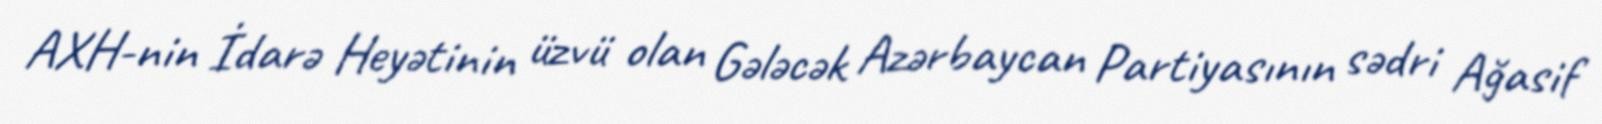
AXH-nin İdarə Heyətinin üzvü olan Gələcək Azərbaycan Partiyasının sədri Ağasif